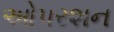
ઓપરશન